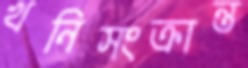
খনিসংক্রান্ত